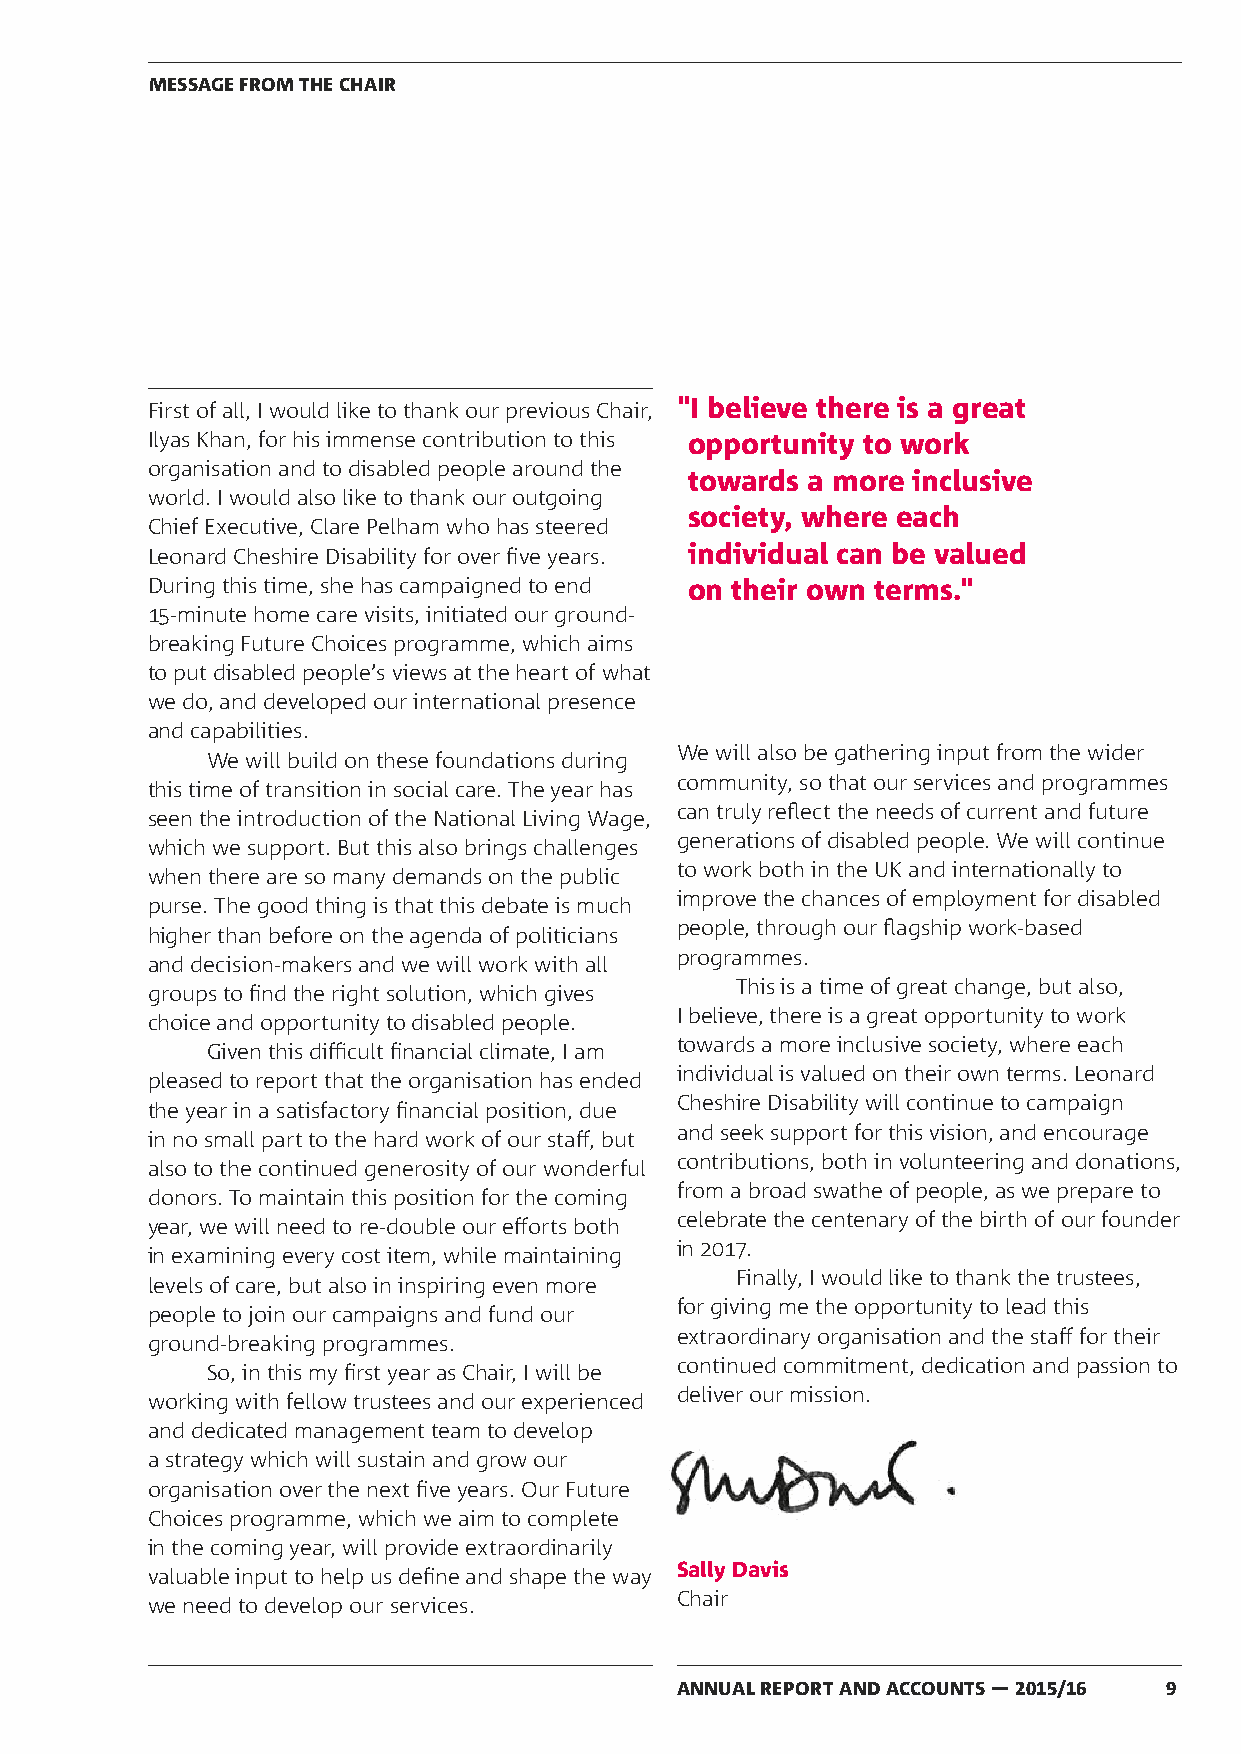
MESSAGE FROM THE CHAIR
 First of all, I would like to thank our previous Chair, "I believe there is a great
 Ilyas Khan, for his immense contribution to this opportunity to work
 organisation and to disabled people around the
 towards a more inclusive
 world. I would also like to thank our outgoing
 society, where each
 Chief Executive, Clare Pelham who has steered
 Leonard Cheshire Disability for over five years. individual can be valued
 During this time, she has campaigned to end on their own terms."
 15-minute home care visits, initiated our ground-
 breaking Future Choices programme, which aims
 to put disabled people’s views at the heart of what
 we do, and developed our international presence
 and capabilities.
 We will also be gathering input from the wider
 We will build on these foundations during
 community, so that our services and programmes
 this time of transition in social care. The year has
 can truly reflect the needs of current and future
 seen the introduction of the National Living Wage,
 generations of disabled people. We will continue
 which we support. But this also brings challenges
 to work both in the UK and internationally to
 when there are so many demands on the public
 improve the chances of employment for disabled
 purse. The good thing is that this debate is much
 people, through our flagship work-based
 higher than before on the agenda of politicians
 programmes.
 and decision-makers and we will work with all
 This is a time of great change, but also,
 groups to find the right solution, which gives
 I believe, there is a great opportunity to work
 choice and opportunity to disabled people.
 towards a more inclusive society, where each
 Given this difficult financial climate, I am
 individual is valued on their own terms. Leonard
 pleased to report that the organisation has ended
 Cheshire Disability will continue to campaign
 the year in a satisfactory financial position, due
 and seek support for this vision, and encourage
 in no small part to the hard work of our staff, but
 contributions, both in volunteering and donations,
 also to the continued generosity of our wonderful
 from a broad swathe of people, as we prepare to
 donors. To maintain this position for the coming
 celebrate the centenary of the birth of our founder
 year, we will need to re-double our efforts both
 in 2017.
 in examining every cost item, while maintaining
 Finally, I would like to thank the trustees,
 levels of care, but also in inspiring even more
 for giving me the opportunity to lead this
 people to join our campaigns and fund our
 extraordinary organisation and the staff for their
 ground-breaking programmes.
 continued commitment, dedication and passion to
 So, in this my first year as Chair, I will be
 deliver our mission.
 working with fellow trustees and our experienced
 and dedicated management team to develop
 a strategy which will sustain and grow our
 organisation over the next five years. Our Future
 Choices programme, which we aim to complete
 in the coming year, will provide extraordinarily
 Sally Davis
 valuable input to help us define and shape the way
 Chair
 we need to develop our services.
 ANNUAL REPORT AND ACCOUNTS — 2015/16 9